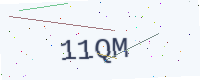
Text: 11QM